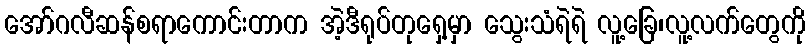
အော်ဂလီဆန်စရာကောင်းတာက အဲ့ဒီရုပ်တုရှေ့မှာ သွေးသံရဲရဲ လူ့ခြေ၊လူ့လက်တွေကို